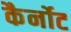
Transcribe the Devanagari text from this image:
कैर्नोट